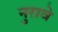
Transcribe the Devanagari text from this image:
नुरावे